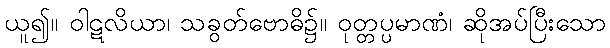
ယူ၍။ ဝါဋလိယာ၊ သခွတ်ဗောဓိ၌။ ဝုတ္တပ္ပမာဏံ၊ ဆိုအပ်ပြီးသော